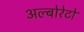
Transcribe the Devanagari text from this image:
अल्बोरेटो